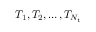
T _ { 1 } , T _ { 2 } , \dots , T _ { N _ { t } }